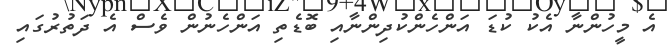
އެ މީހުންނާ އެކު ކުޑަ އަންހެންކުދިންނާއި ބޮޑެތި އަންހެނުން ވެސް އެ ދަތުރުގައި